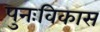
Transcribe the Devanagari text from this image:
पुनःविकास